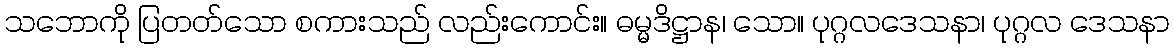
သဘောကို ပြတတ်သော စကားသည် လည်းကောင်း။ ဓမ္မဒိဋ္ဌာန၊ သော။ ပုဂ္ဂလဒေသနာ၊ ပုဂ္ဂလ ဒေသနာ